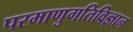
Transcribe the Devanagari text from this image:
परमाणुगतिविज्ञान